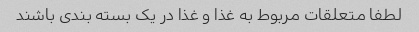
لطفا متعلقات مربوط به غذا و غذا در یک بسته بندی باشند